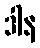
ဒါန